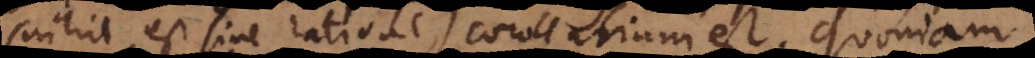
(nihil est sine ratione) corollarium est. Quoniam